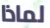
لماذا